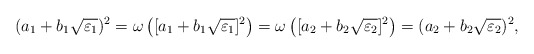
\begin{align*}(a_1+b_1\sqrt{\varepsilon_1})^2 = \omega\left([a_1+b_1\sqrt{\varepsilon_1}]^2 \right) = \omega\left([a_2+b_2\sqrt{\varepsilon_2}]^2 \right) = (a_2+b_2\sqrt{\varepsilon_2})^2,\end{align*}